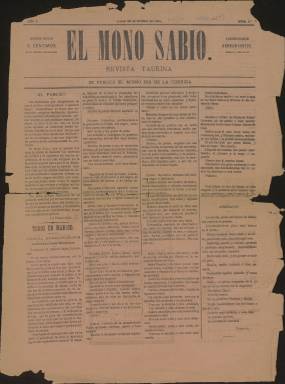
Título: El Mono sabio
Colección: Toros
Ámbito geográfico: Madrid
Lugar de publicación: Madrid
Fechas: 20/10/1884-26/10/1884

Periódico taurino nacido en 1884 que da testimonio de la popularidad de que gozaba la llamada fiesta nacional y que incorporaba una novedad, dado que como anunciaba en su cabecera se publicaba el mismo día de la corrida, es decir, una vez acabado el festejo. Aprovechaba así que los aficionados tenían aún frescas las impresiones de la lidia vividas esa misma tarde.

  El título de esta publicación alude a uno de los participantes marginales de la corrida a quien la Real Academia de la Lengua define como la persona que realiza diversas tareas auxiliares durante la lida como ayudar al picador. Antes monosabio se escribía en dos palabras separadas, pero ahora se escriben juntas.

 La propia publicación, en su número 3, hace una definición más precisa del monosabio: ‘Es el último ser de la especie taurómaca; el eslabón que une al torero con la fiera que lidia. Su principal deber consiste en recoger las entrañas palpitantes de los míseros caballos, levantar la magullada mole de los infelices caballeros y cubrir con arena o serrín la sangre aun humeante de la vencida fiera’.

  Más adelante, en la misma columna, se recoge otra atribución del monosabio: ‘Otras monadas suele también permitirse como, por ejemplo, la de fumarse los cigarros que los aficionados arrojan a los diestros como premio de su valor y destreza’.

  El periódico solo constaba de dos páginas. En la primera se hacía un resumen de la corrida, toro por toro, además de hacerse una crítica de toreros y ganaderos. En la segunda página se daban informaciones taurinas de todo tipo de España y se dejaba un hueco para información teatral y poco más, dado que los anuncios ocupaban una buena parte del espacio.

   La Biblioteca Nacional de España solo posee dos números de esta publicación, el segundo y el tercero. No parece, sin embargo, que tuviera una vida larga, a juzgar por el poco rastro que ha dejado. Era además un periódico de leer y tirar, no como otras revistas taurinas de más enjundia, con más páginas e ilustradas, que se solían coleccionar.

[Descripción publicada el 15/02/2023]